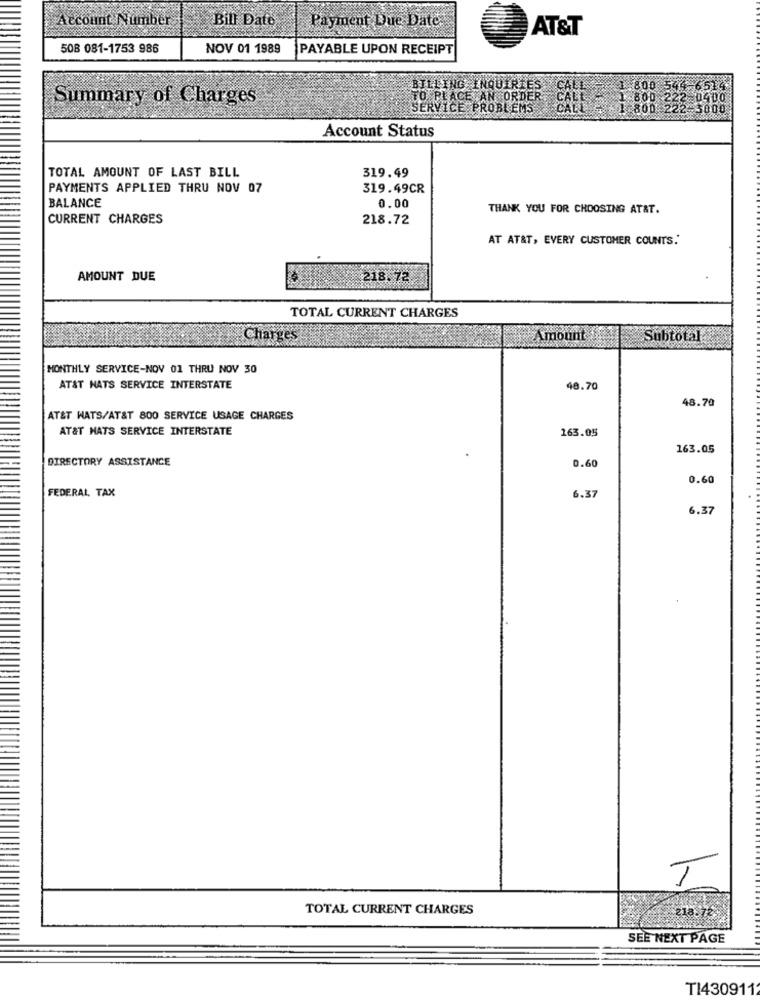
Bill Date
Account Number
Payment Due Date
AT&T
508 081-1753 986
NOV 01 1989
PAYABLE UPON RECEIPT
159,
BILLING INQUIRE
Summary of Charges
LACE AN ORDER
600
Account Status
TOTAL AMOUNT OF LAST BILL
319.49
PAYMENTS APPLIED THRU NOV 07
319.49CR
BALANCE
0.00
THANK YOU FOR CHOOSING AT&T.
CURRENT CHARGES
218.72
AT AT&T, EVERY CUSTOMER COUNTS.'
AMOUNT DUE
218.73
TOTAL CURRENT CHARGES
Charges
Amount
Subtotal
MONTHLY SERVICE-NOV 01 THRU NOV 30
AT&T NATS SERVICE INTERSTATE
48.70
48.70
AT&T WATS/AT&T 800 SERVICE USAGE CHARGES
AT&T HATS SERVICE INTERSTATE
163.05
163.05
DIRECTORY ASSISTANCE
0.60
0.60
FEDERAL TAX
6.37
6.37
T
TOTAL CURRENT CHARGES
SEE NEXT PAGE
TI430911